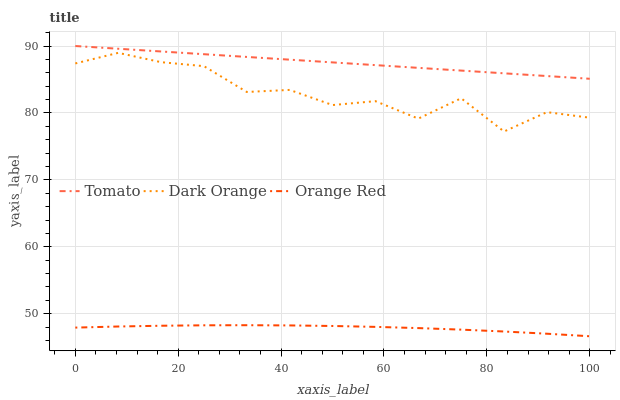
| xaxis_label | Tomato | Dark Orange | Orange Red |
 | --- | --- | --- | --- |
 | 0 | 90 | 87.4 | 47.9 |
 | 8.33 | 89.6 | 89 | 48.1 |
 | 16.7 | 89.2 | 87.6 | 48.2 |
 | 25 | 88.8 | 87 | 48.3 |
 | 33.3 | 88.4 | 83.1 | 48.3 |
 | 41.7 | 88 | 83.4 | 48.2 |
 | 50 | 87.6 | 81.2 | 48.2 |
 | 58.3 | 87.1 | 81.8 | 48 |
 | 66.7 | 86.7 | 79.1 | 47.8 |
 | 75 | 86.3 | 82.2 | 47.6 |
 | 83.3 | 85.9 | 77.2 | 47.3 |
 | 91.7 | 85.5 | 80.1 | 47 |
 | 100 | 85.1 | 79.3 | 46.6 |